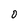
Character: O